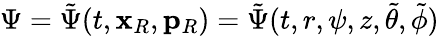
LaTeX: \Psi=\tilde{\Psi}(t,\mathbf{x}_{R},\mathbf{p}_{R})=\tilde{\Psi}(t,r,\psi,z,\tilde{\theta},\tilde{\phi})